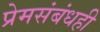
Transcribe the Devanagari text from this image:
प्रेमसंबंधही